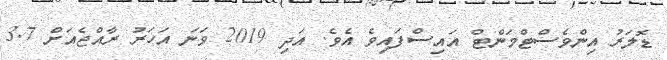
ޑޮލަރު އިންވެސްޓްމަންޓް އައިސްފައިވެ އެވެ. އަދި 2019 ވަނަ އަހަރު ރާއްޖެއަށް 3.7